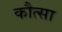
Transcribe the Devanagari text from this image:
कौत्सा